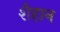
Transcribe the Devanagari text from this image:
शैहान